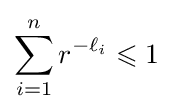
\sum _{i=1}^{n}r^{-\ell _{i}}\leqslant 1